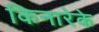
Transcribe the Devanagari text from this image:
किनारेके